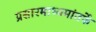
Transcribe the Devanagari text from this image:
प्रसारमाध्यमांतर्फे